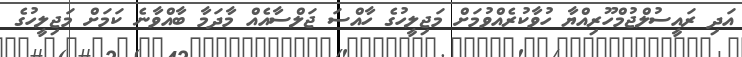
އަދި ރައީސުލްޖުމްހޫރިއްޔާ ހުވާކުރެއްވުމަށް މަޖިލީހުގެ ހާއްސަ ޖަލްސާއެއް މާދަމާ ބާއްވާނެ ކަމަށް މަޖިލީހުގެ